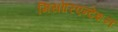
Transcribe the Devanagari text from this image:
मिसोरिएन्टेशन